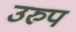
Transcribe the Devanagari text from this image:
उरुप